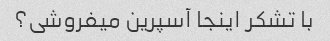
با تشکر اینجا آسپرین میفروشی؟